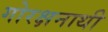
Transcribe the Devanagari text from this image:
गोरक्षनाथी